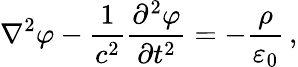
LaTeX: \nabla^{2}\varphi-{\frac{1}{c^{2}}}{\frac{\partial^{2}\varphi}{\partial t^{2}}}=-{\frac{\rho}{\varepsilon_{0}}}\, ,